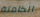
الكامنة